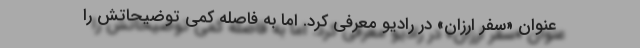
عنوان «سفر ارزان» در رادیو معرفی کرد. اما به فاصله کمی توضیحاتش را